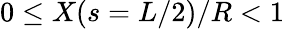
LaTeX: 0\leq X(s=L/2)/R<1